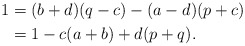
\begin{align*}1 &= (b+d)(q-c) - (a-d)(p+c)\\&= 1 - c(a+b) + d(p+q).\end{align*}